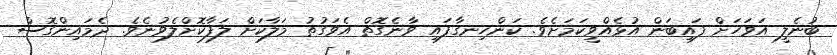
ބުނެލީ އަވަހަށް ފައިބަން އުޅެއްވީކަމަށެވެ. ކަންހިނގާފައި ވާނެގޮތް އެވަގުތު މަލާކަށް ލަފާކޮށްލެވުނެވެ. ދެމައިންގޮސް